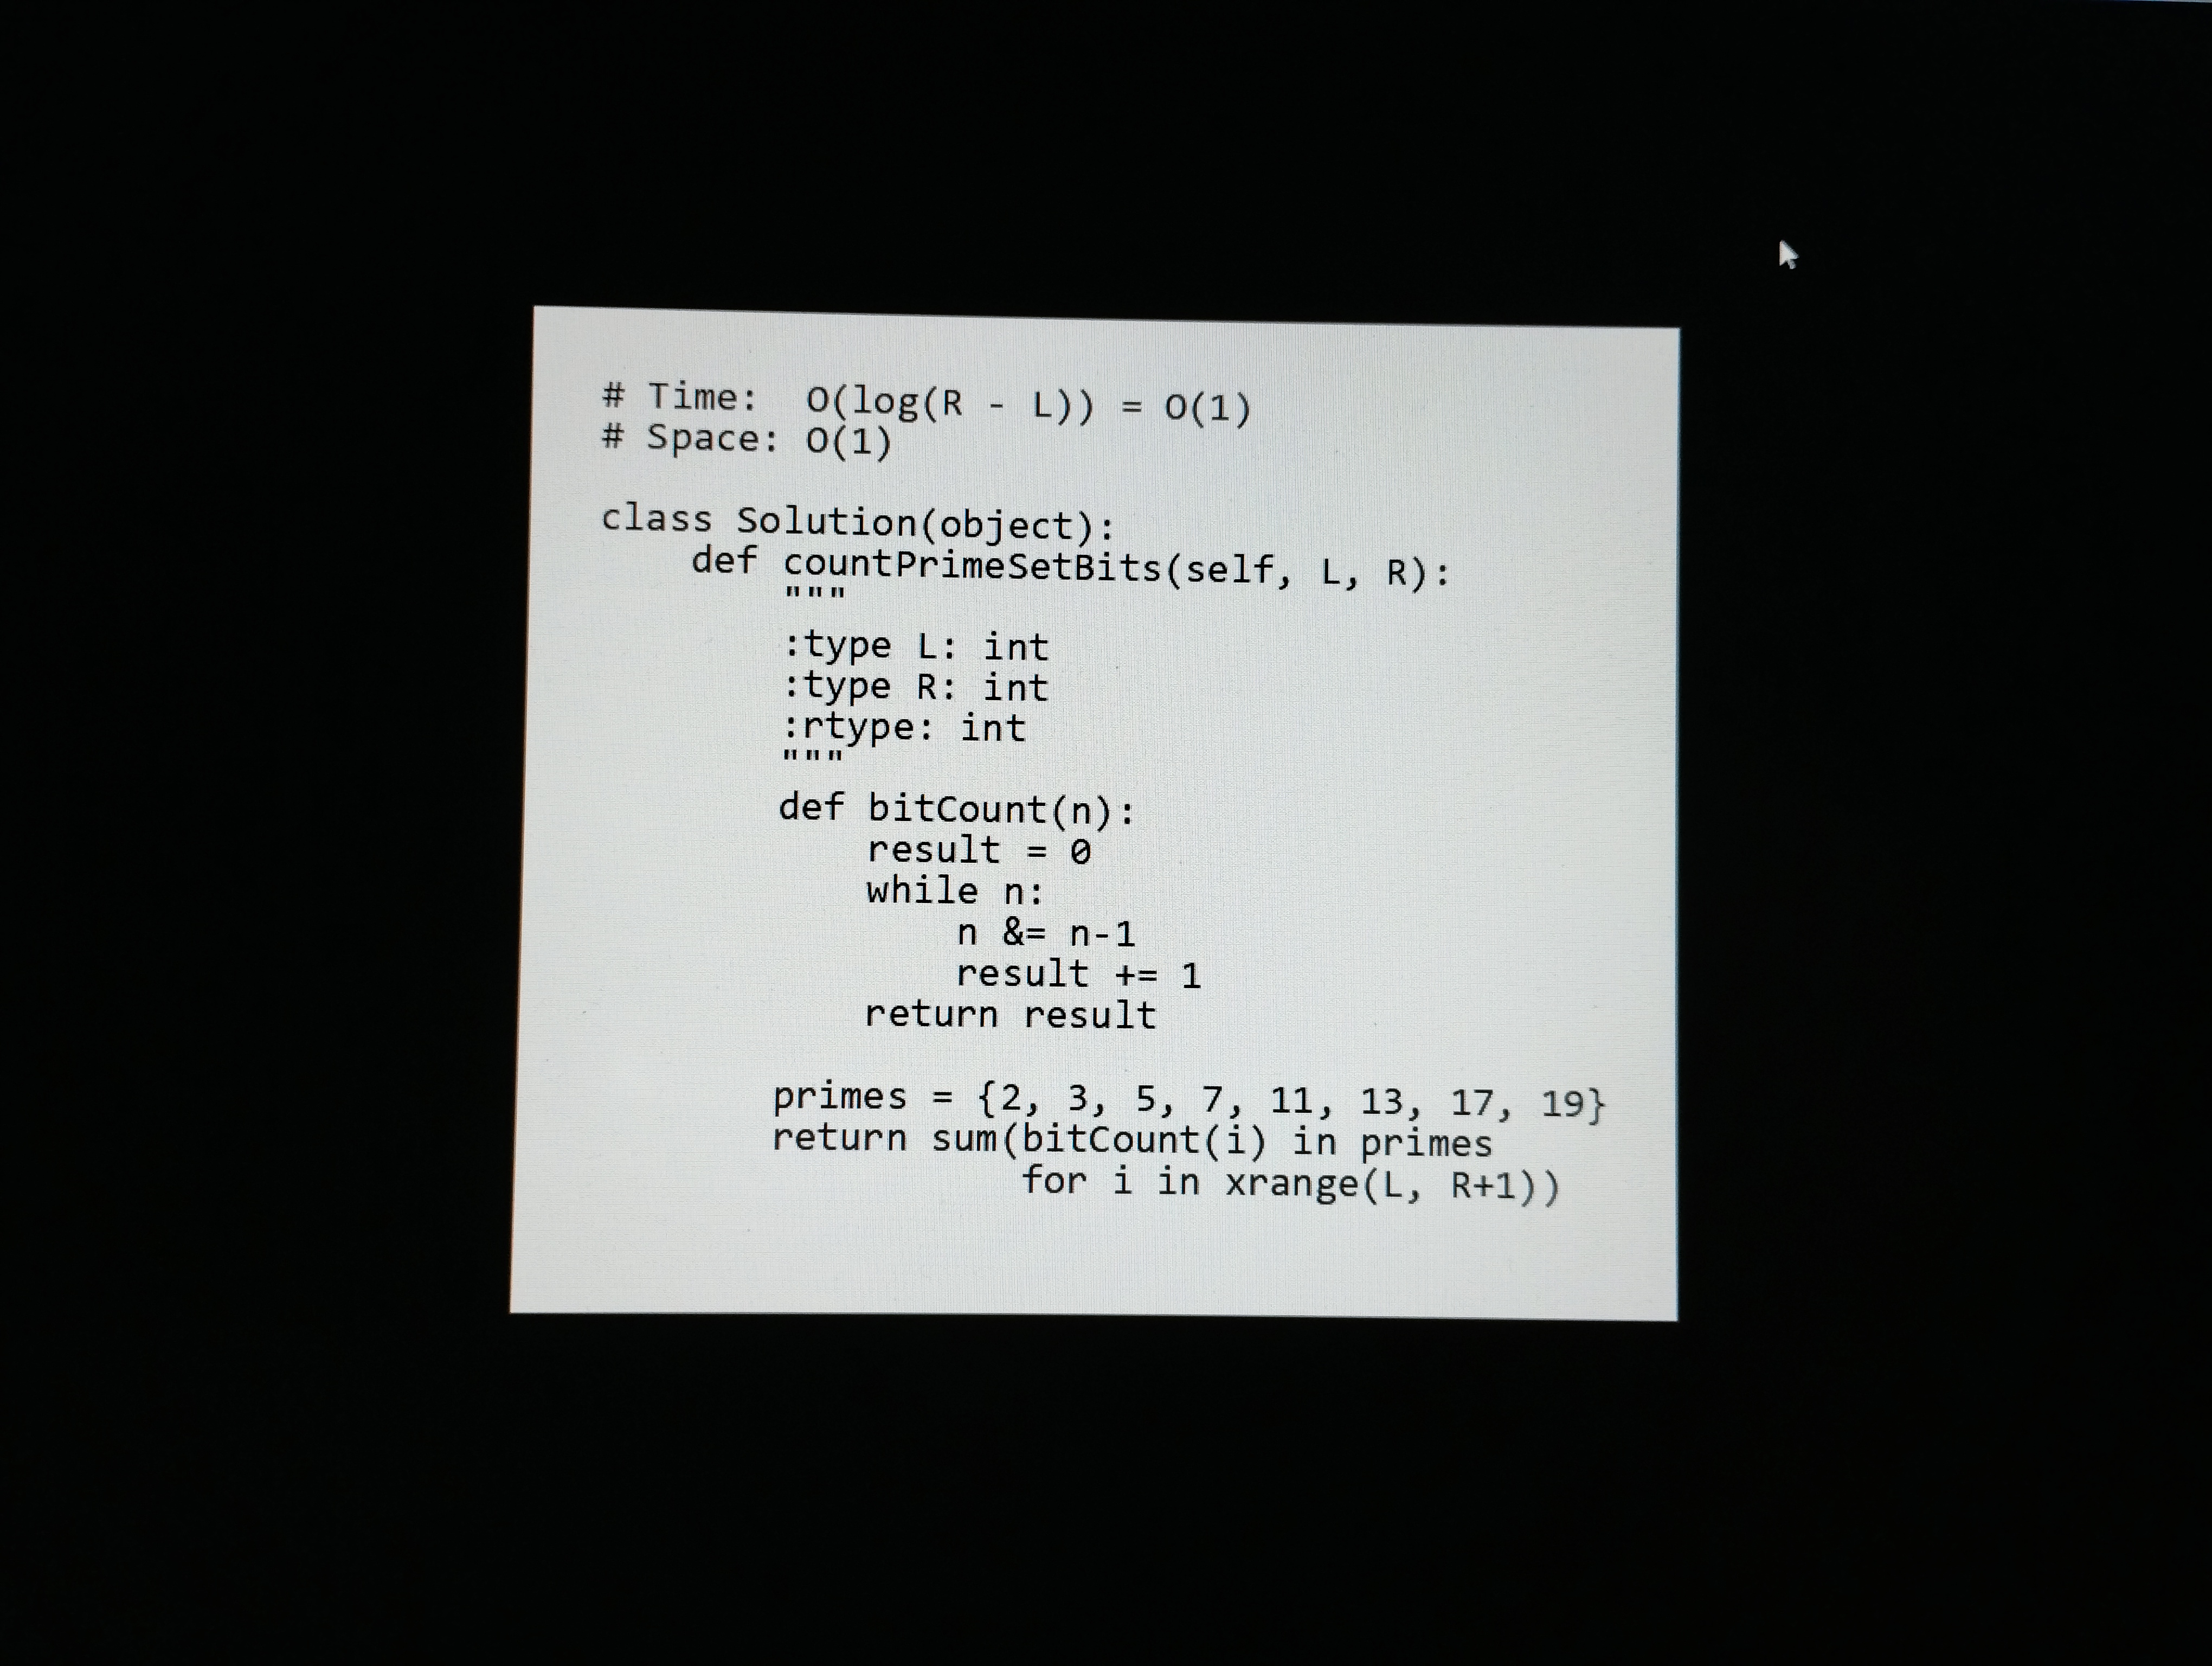
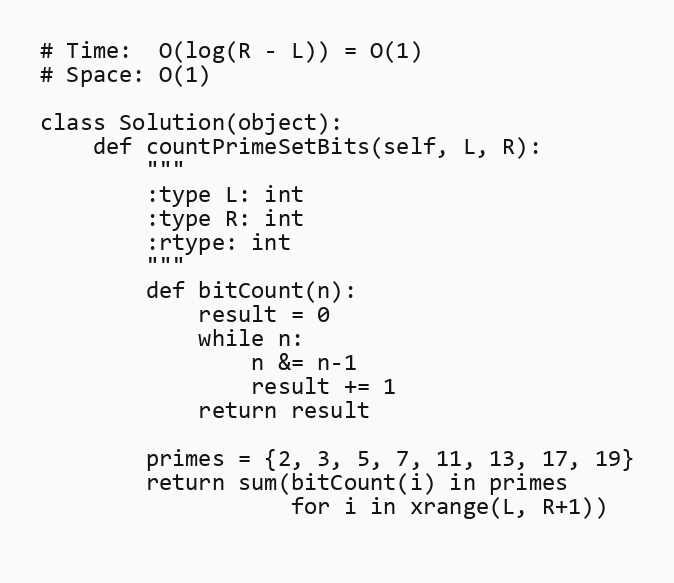
# Time:  O(log(R - L)) = O(1)
# Space: O(1)

class Solution(object):
    def countPrimeSetBits(self, L, R):
        """
        :type L: int
        :type R: int
        :rtype: int
        """
        def bitCount(n):
            result = 0
            while n:
                n &= n-1
                result += 1
            return result

        primes = {2, 3, 5, 7, 11, 13, 17, 19}
        return sum(bitCount(i) in primes
                   for i in xrange(L, R+1))